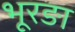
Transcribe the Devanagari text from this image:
भूरङा